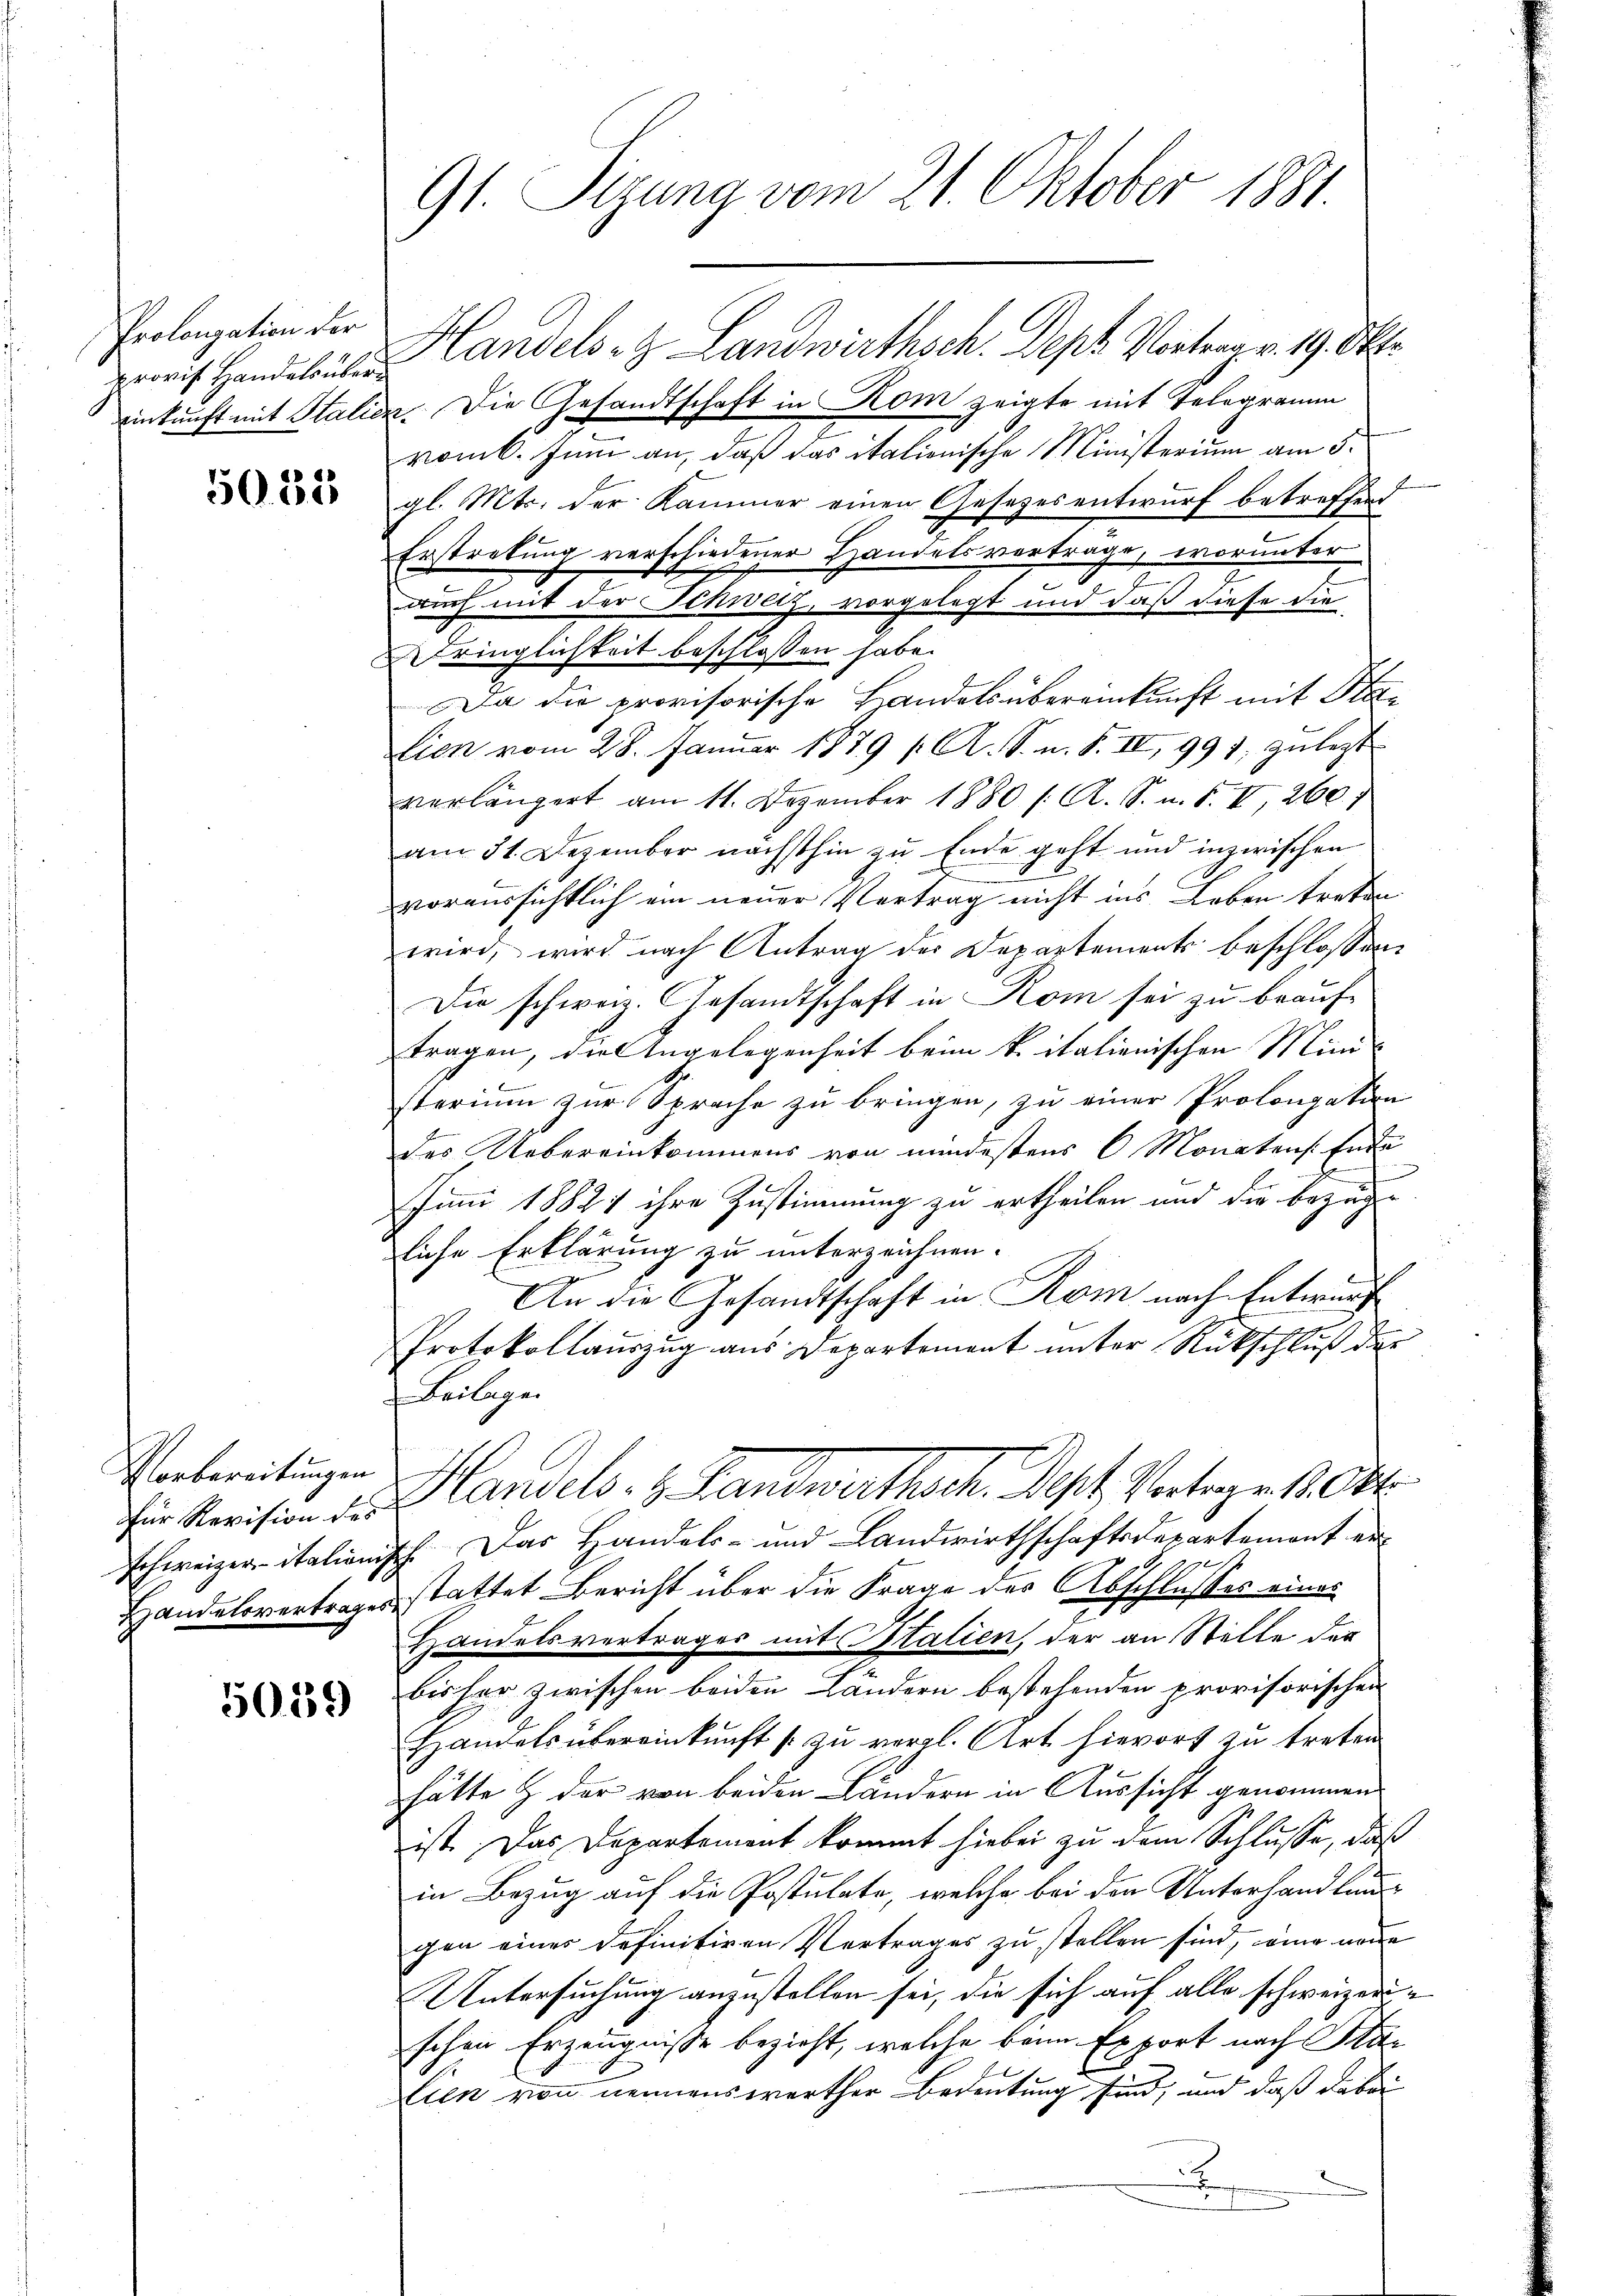
Prolongation der

5032

Vorbereitungen

5059

i Hande Landels- & Landwirthsch. Dept Vortrag v. 19. Okt
einkunft mit Italien. Die Gesandtschaft in Kom zeigte mit Telegramm
romb. Juni an, daß das italienische Ministerium am 5.
gl. Mts. der Kammer einen Gesetzesentwurf betreffend
Erstretung verschiedener Handelsverträge, worunter
auch mit der Schweiz, vorgelegt und daß diese die
tringlichkeit beschlossen habe.
Da die provisorische Handelsübereinkunft mit Stalien vom 28. Januar 1879 / A. S. m. S. II, 991, zu legt
verlängert am 11. Dezember 1880 /: A. S. u. S. II, 260. 1
am 31. Dezember nächsthin zu Ende geht und inzwischen
voraussichtlich ein neuer Vertrag nicht ins Leben treten
wird, wird nach Antrag der Departements beschlossen
Die schweiz. Gesandtschaft in Rom sei zu beauftragen, die Angelegenheit beim k. italienischen Minis
sterium zur Sprache zu bringen, zu einer Prolongation
des Uebereinkommens von mindestens 6 Monatens. Ende
Juni 18821 ihre Zustimmung zu ertheilen und die bezügen.
liche Erklärung zu unterzeichnen.
An die Gesandtschaft in Rom nach Entwurf
Protokollauszug aus Departement unter Rückschluß der
Beilage
für Revision der Landels- u. Fandwirthsch. Sept. Vertage 1. Okt.
Schweizer italionisch. Das Handels- und Landwirthschaftsdepartement er¬
Handelsvertrages stattet Bericht über die Frage des Abschlusses eines
Handelsvertrages mit Italien, der an Stelle der
bisher zwischen beiden Ländern bestehenden provisorischen
Handels übereinkunft zŭ vergl. Art. hierort zu treten
hätte & der von beiden Ländern in Aussicht genommen.
ist. Das Departement kommt hiebei zu dem Schlusse, daß
in Bezug auf die Postulate, welche bei den Unterhandlung
gen einer definitiven Vertrages zu stellen sind, wie neue
Untersuchung anzustellen sei, die sich auf alle schweizerschen Erzeugnisse bezieht, welche beim Export nach Pla¬
Lien von nennenswerther Bedeutung sind, und daß dabei
x

91. Sigung vom 21. Oktober 1881.